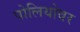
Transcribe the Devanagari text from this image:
पोलियोवर